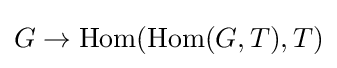
G\to \operatorname {Hom} (\operatorname {Hom} (G,T),T)